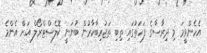
އެހެންވީމަ މި ދިރާސާގެ ފަހަތުގައި ތިބި ތަޖުރިބާކާރުން ބުނަނީ ކޮލެސްޓްރޯލް އަށް އެންމެ